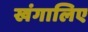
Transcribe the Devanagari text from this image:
खंगालिए